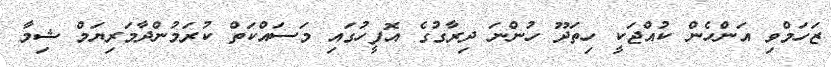
ޒަހަމްވި އަންހެން ކުއްޖަކީ ހިތަދޫ ހުންނަ ދިރާގުގެ އޮފީހުގައި މަސައްކަތް ކުރަމުންދާމަރިޔަމް ޝިމާ